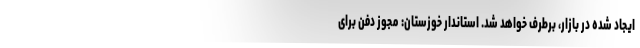
ایجاد شده در بازار، برطرف خواهد شد. استاندار خوزستان: مجوز دفن برای